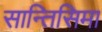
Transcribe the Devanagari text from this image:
सान्तिसिमा